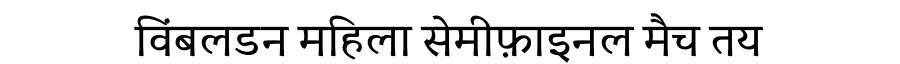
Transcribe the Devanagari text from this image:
विंबलडन महिला सेमीफ़ाइनल मैच तय